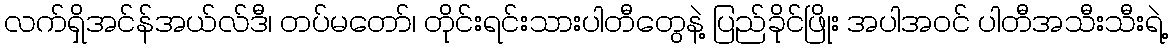
လက်ရှိအင်န်အယ်လ်ဒီ၊ တပ်မတော်၊ တိုင်းရင်းသားပါတီတွေနဲ့ ပြည်ခိုင်ဖြိုး အပါအဝင် ပါတီအသီးသီးရဲ့